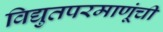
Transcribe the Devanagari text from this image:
विद्युतपरमाणूंची